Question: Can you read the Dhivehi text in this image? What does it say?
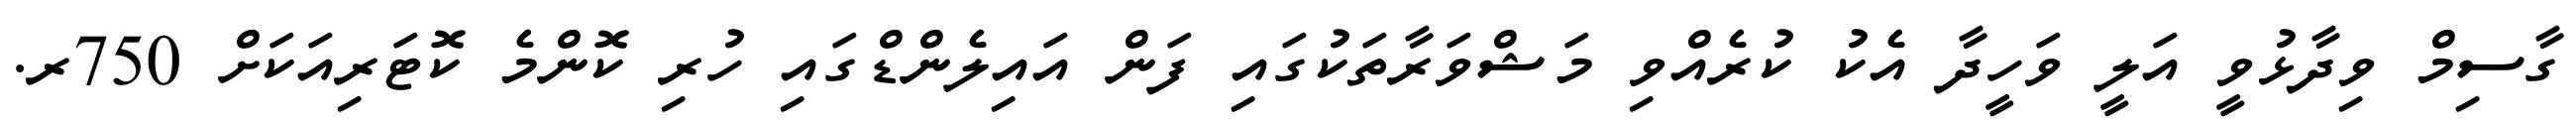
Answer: ގާސިމް ވިދާޅުވީ އަލީ ވަހީދާ އެކު ކުރެއްވި މަޝްވަރާތަކުގައި ފަން އައިލެންޑްގައި ހުރި ކޮންމެ ކޮޓަރިއަކަށް 750ރ.